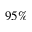
9 5 \%